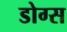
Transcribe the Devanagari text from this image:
डोग्स